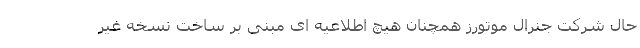
حال شرکت جنرال موتورز همچنان هیچ اطلاعیه ای مبنی بر ساخت نسخه غیر